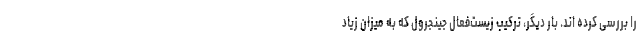
را بررسی کرده اند. بار دیگر، ترکیب زیست‌فعال جینجرول که به میزان زیاد